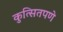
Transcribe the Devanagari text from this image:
कुत्सितपणे